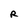
Character: R